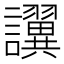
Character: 𫍖